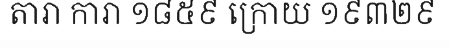
តារា ការា ១៨៥៩ ក្រោយ ១៩៣២៩